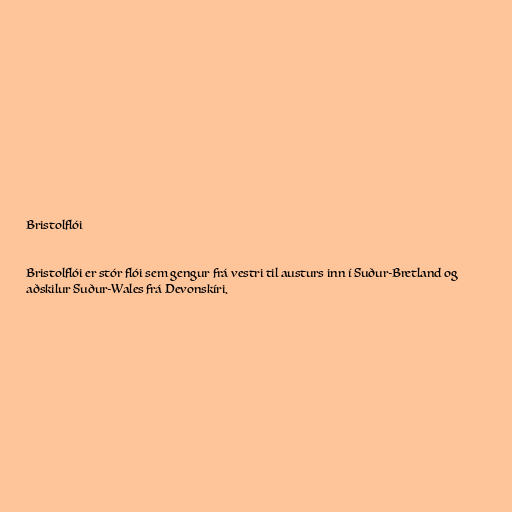
Bristolflói

Bristolflói er stór flói sem gengur frá vestri til austurs inn í Suður-Bretland og
aðskilur Suður-Wales frá Devonskíri.